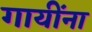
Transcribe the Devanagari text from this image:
गायींना